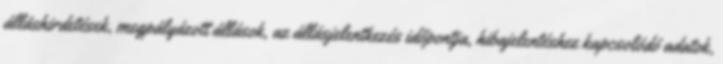
álláshirdetések, megpályázott állások, az állásjelentkezés időpontja, hibajelentéshez kapcsolódó adatok,